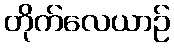
တိုက်လေယာဉ်